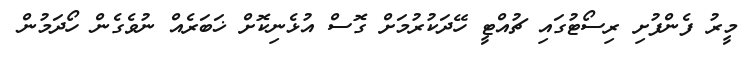
މީރު ފެންފުށި ރިސޯޓުގައި ޗުއްޓީ ހޭދަކުރުމަށް ގޮސް އުޅެނިކޮށް ޚަބަރެއް ނުވެގެން ހޯދަމުން